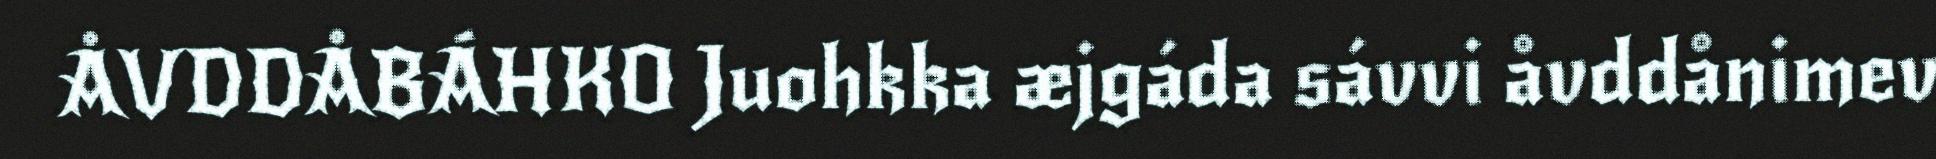
ÅVDDÅBÁHKO Juohkka æjgáda sávvi åvddånimev